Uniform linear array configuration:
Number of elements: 24
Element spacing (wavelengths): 1
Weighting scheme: hann
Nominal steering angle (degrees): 15
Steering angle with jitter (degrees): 13.377
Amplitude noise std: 0.05
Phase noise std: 0.05

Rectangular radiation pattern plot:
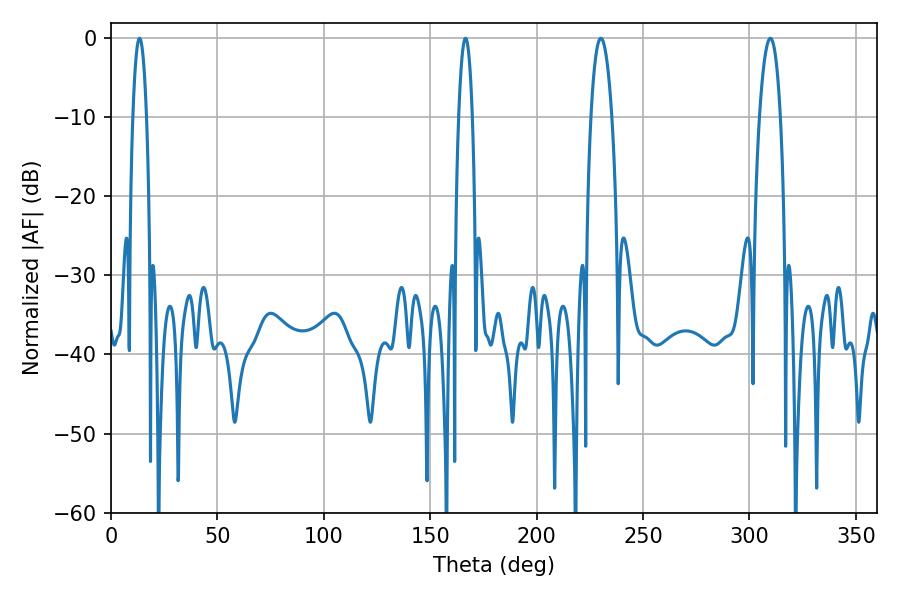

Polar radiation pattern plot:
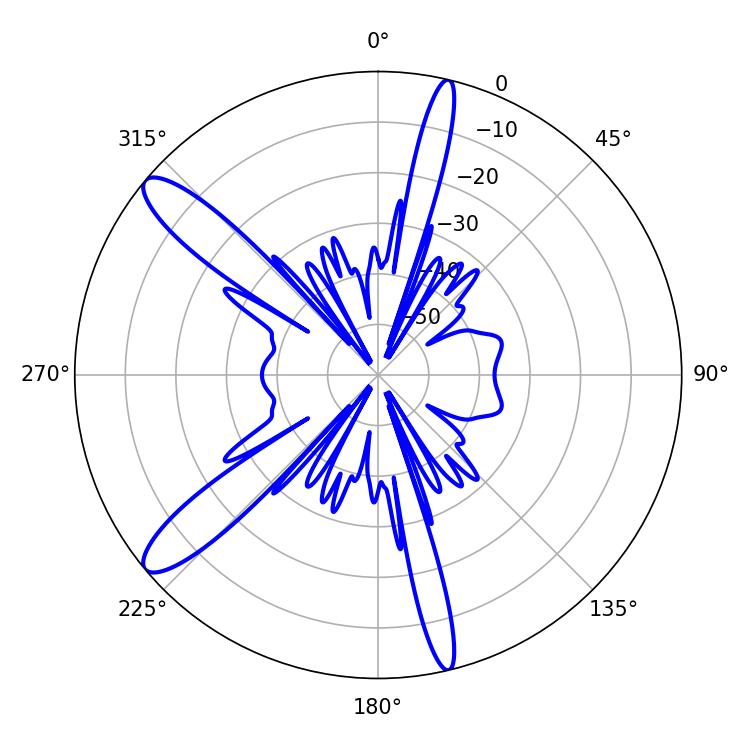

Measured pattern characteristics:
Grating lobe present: TRUE
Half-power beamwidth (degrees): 5.4
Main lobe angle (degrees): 230.22